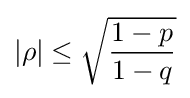
|\rho |\leq {\sqrt {\frac {1-p}{1-q}}}